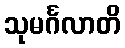
သုမင်္ဂလာတိ